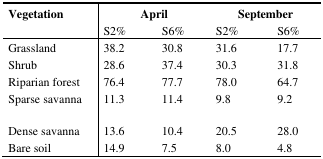
<table><thead><tr><td rowspan="2"><b>Vegetation</b></td><td colspan="2"><b>April</b></td><td colspan="2"><b>September</b></td></tr><tr><td><b>S2%</b></td><td><b>S6%</b></td><td><b>S2%</b></td><td><b>S6%</b></td></tr></thead><tbody><tr><td>Grassland</td><td>38.2</td><td>30.8</td><td>31.6</td><td>17.7</td></tr><tr><td>Shrub</td><td>28.6</td><td>37.4</td><td>30.3</td><td>31.8</td></tr><tr><td>Riparian forest</td><td>76.4</td><td>77.7</td><td>78.0</td><td>64.7</td></tr><tr><td>Sparse savanna</td><td>11.3</td><td>11.4</td><td>9.8</td><td>9.2</td></tr><tr><td>Dense savanna</td><td>13.6</td><td>10.4</td><td>20.5</td><td>28.0</td></tr><tr><td>Bare soil</td><td>14.9</td><td>7.5</td><td>8.0</td><td>4.8</td></tr></tbody></table>